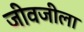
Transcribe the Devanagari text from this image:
जीवजीला